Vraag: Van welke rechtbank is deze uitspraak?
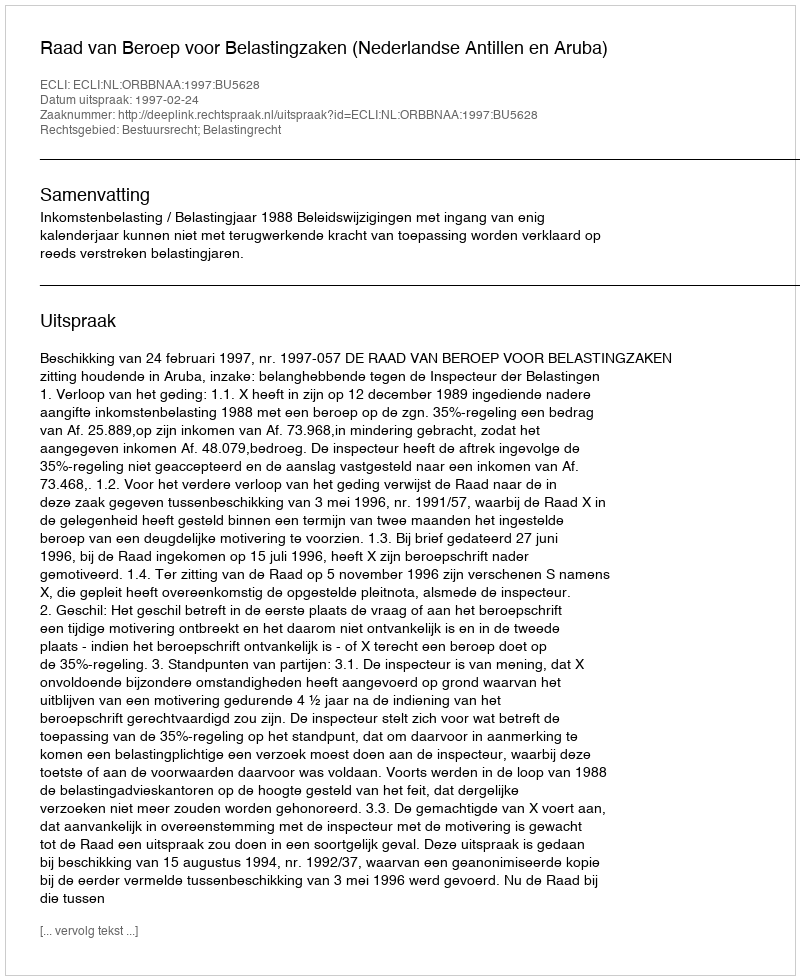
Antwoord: Raad van Beroep voor Belastingzaken (Nederlandse Antillen en Aruba)